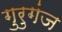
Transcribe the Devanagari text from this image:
गुरुगंज